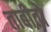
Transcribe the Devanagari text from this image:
ताबीतो